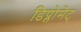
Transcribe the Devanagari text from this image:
डिप्लोमेट्